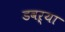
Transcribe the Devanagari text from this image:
डवऱ्या